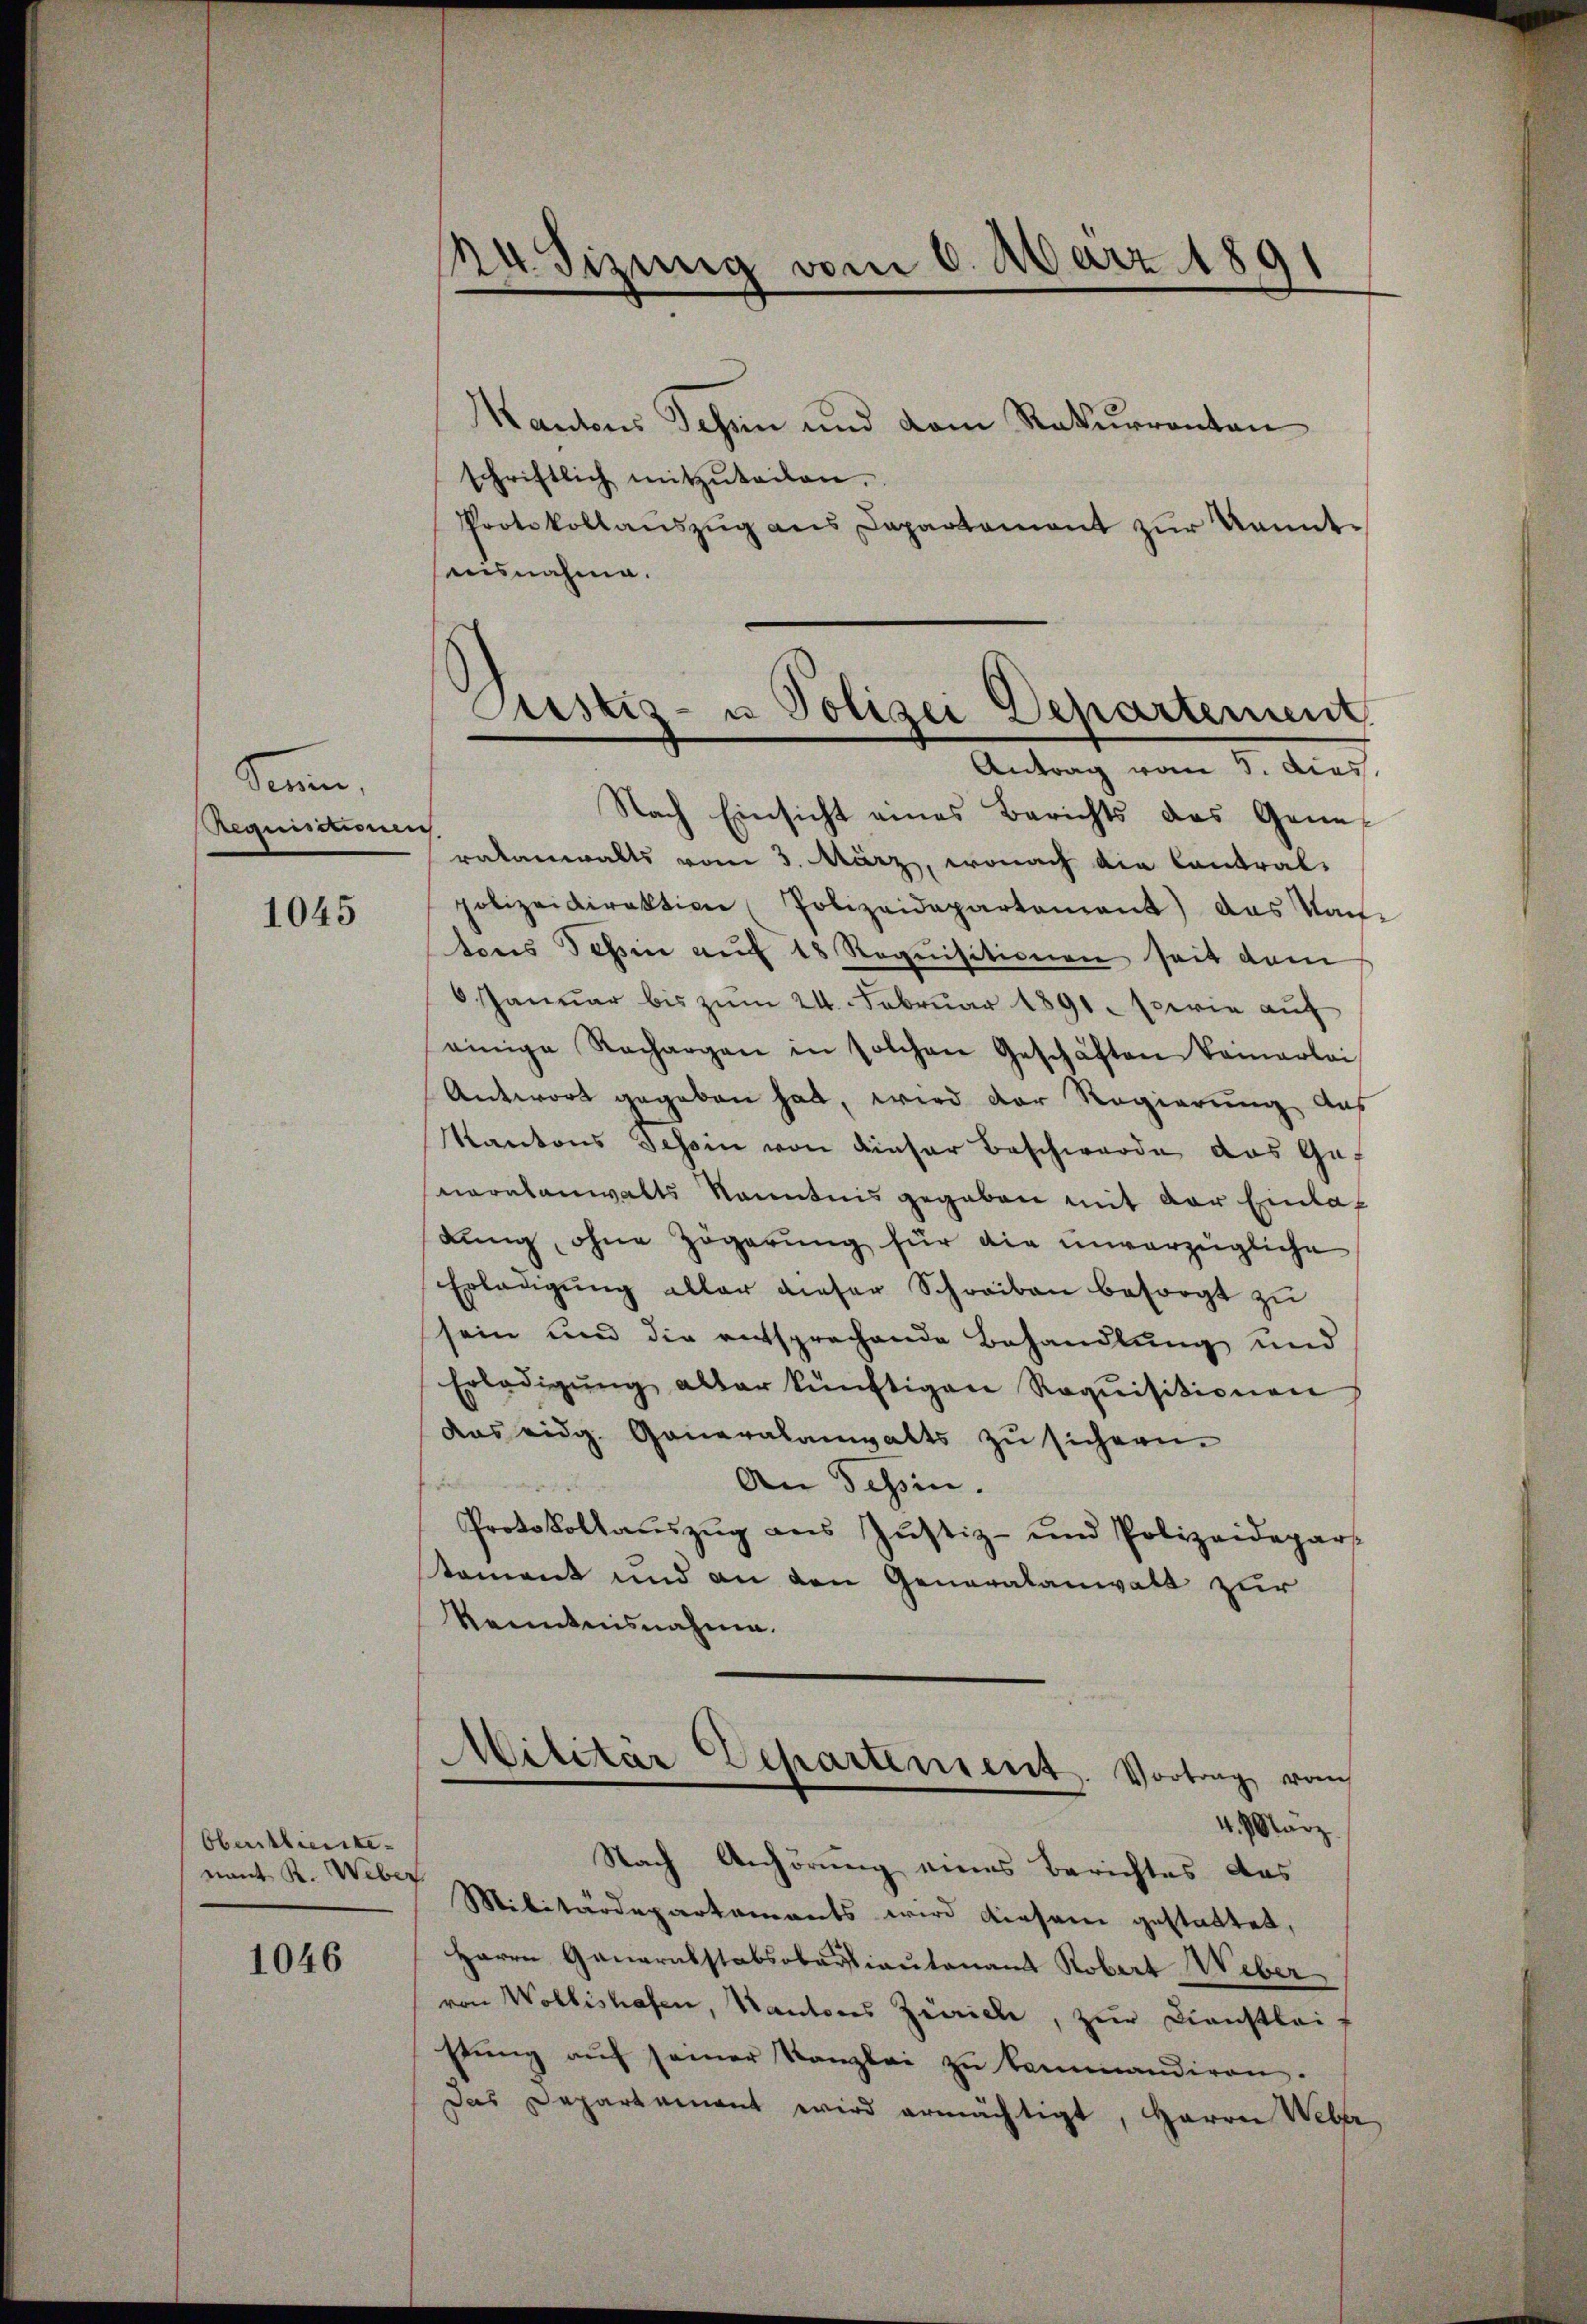
Sinn,
Requisitionen

1045

Oberblierte.
nant R. Weber

1046

Madizung vom 6. März 1891

Kantons Schen und dem Rekurrenten
schriftlich mitzŭteilen.
Protokollaŭszŭg ans Departement zŭr kannt-
ausnahme.

Custiz- u Polizei Departement
Antrag vom 3. dies

Nach Einsicht eines Berichts das Gene-
ratanwalts vom 3. März, wonach die Contral-
polizeidirektion (Polizeidepartement) das Kan-
tons Schein auf 18 Requisitionen seit dem
6 Januar bis zŭm 24. Februar 1891. sowie auf
einige Rechargen in solchen Geschäften keinerlei
Antwort gegeben hat, wird der Regierung aus
Kantons Tessin von dieser Beschwerde das Genaralanwalts Kenntnis gegeben mit der Einladung, ohne Zögerung für die unvorzügliche
Erledigŭng aller dieser Schreiben besorgt zu
sein und die entsprechende Behandlung und
Erledigŭng aller künftigen Requisitionen
das eidg. Generalanwalts zu sichern.
An Tessin.
Protokollaŭszŭg ans Justiz- und Polizeidepart
stament und an den Generalanwalt zur
Kenntnisnahme.
Militar Departement. Vortrag vom
4. März
Nach Anhörung eines Berichtes das
Militärdepartements wird diesem gestattet,
Herrn Ganaralstabsobertiautenant Robert Weber
von Wollishafen, Kantons Zürich, zur Dienstlei
Etŭng aŭf seiner Kanzlei zŭ kommandiren.
Das Departement wird ermächtigt, Herrn Weber